Riigikantselei, lk 27
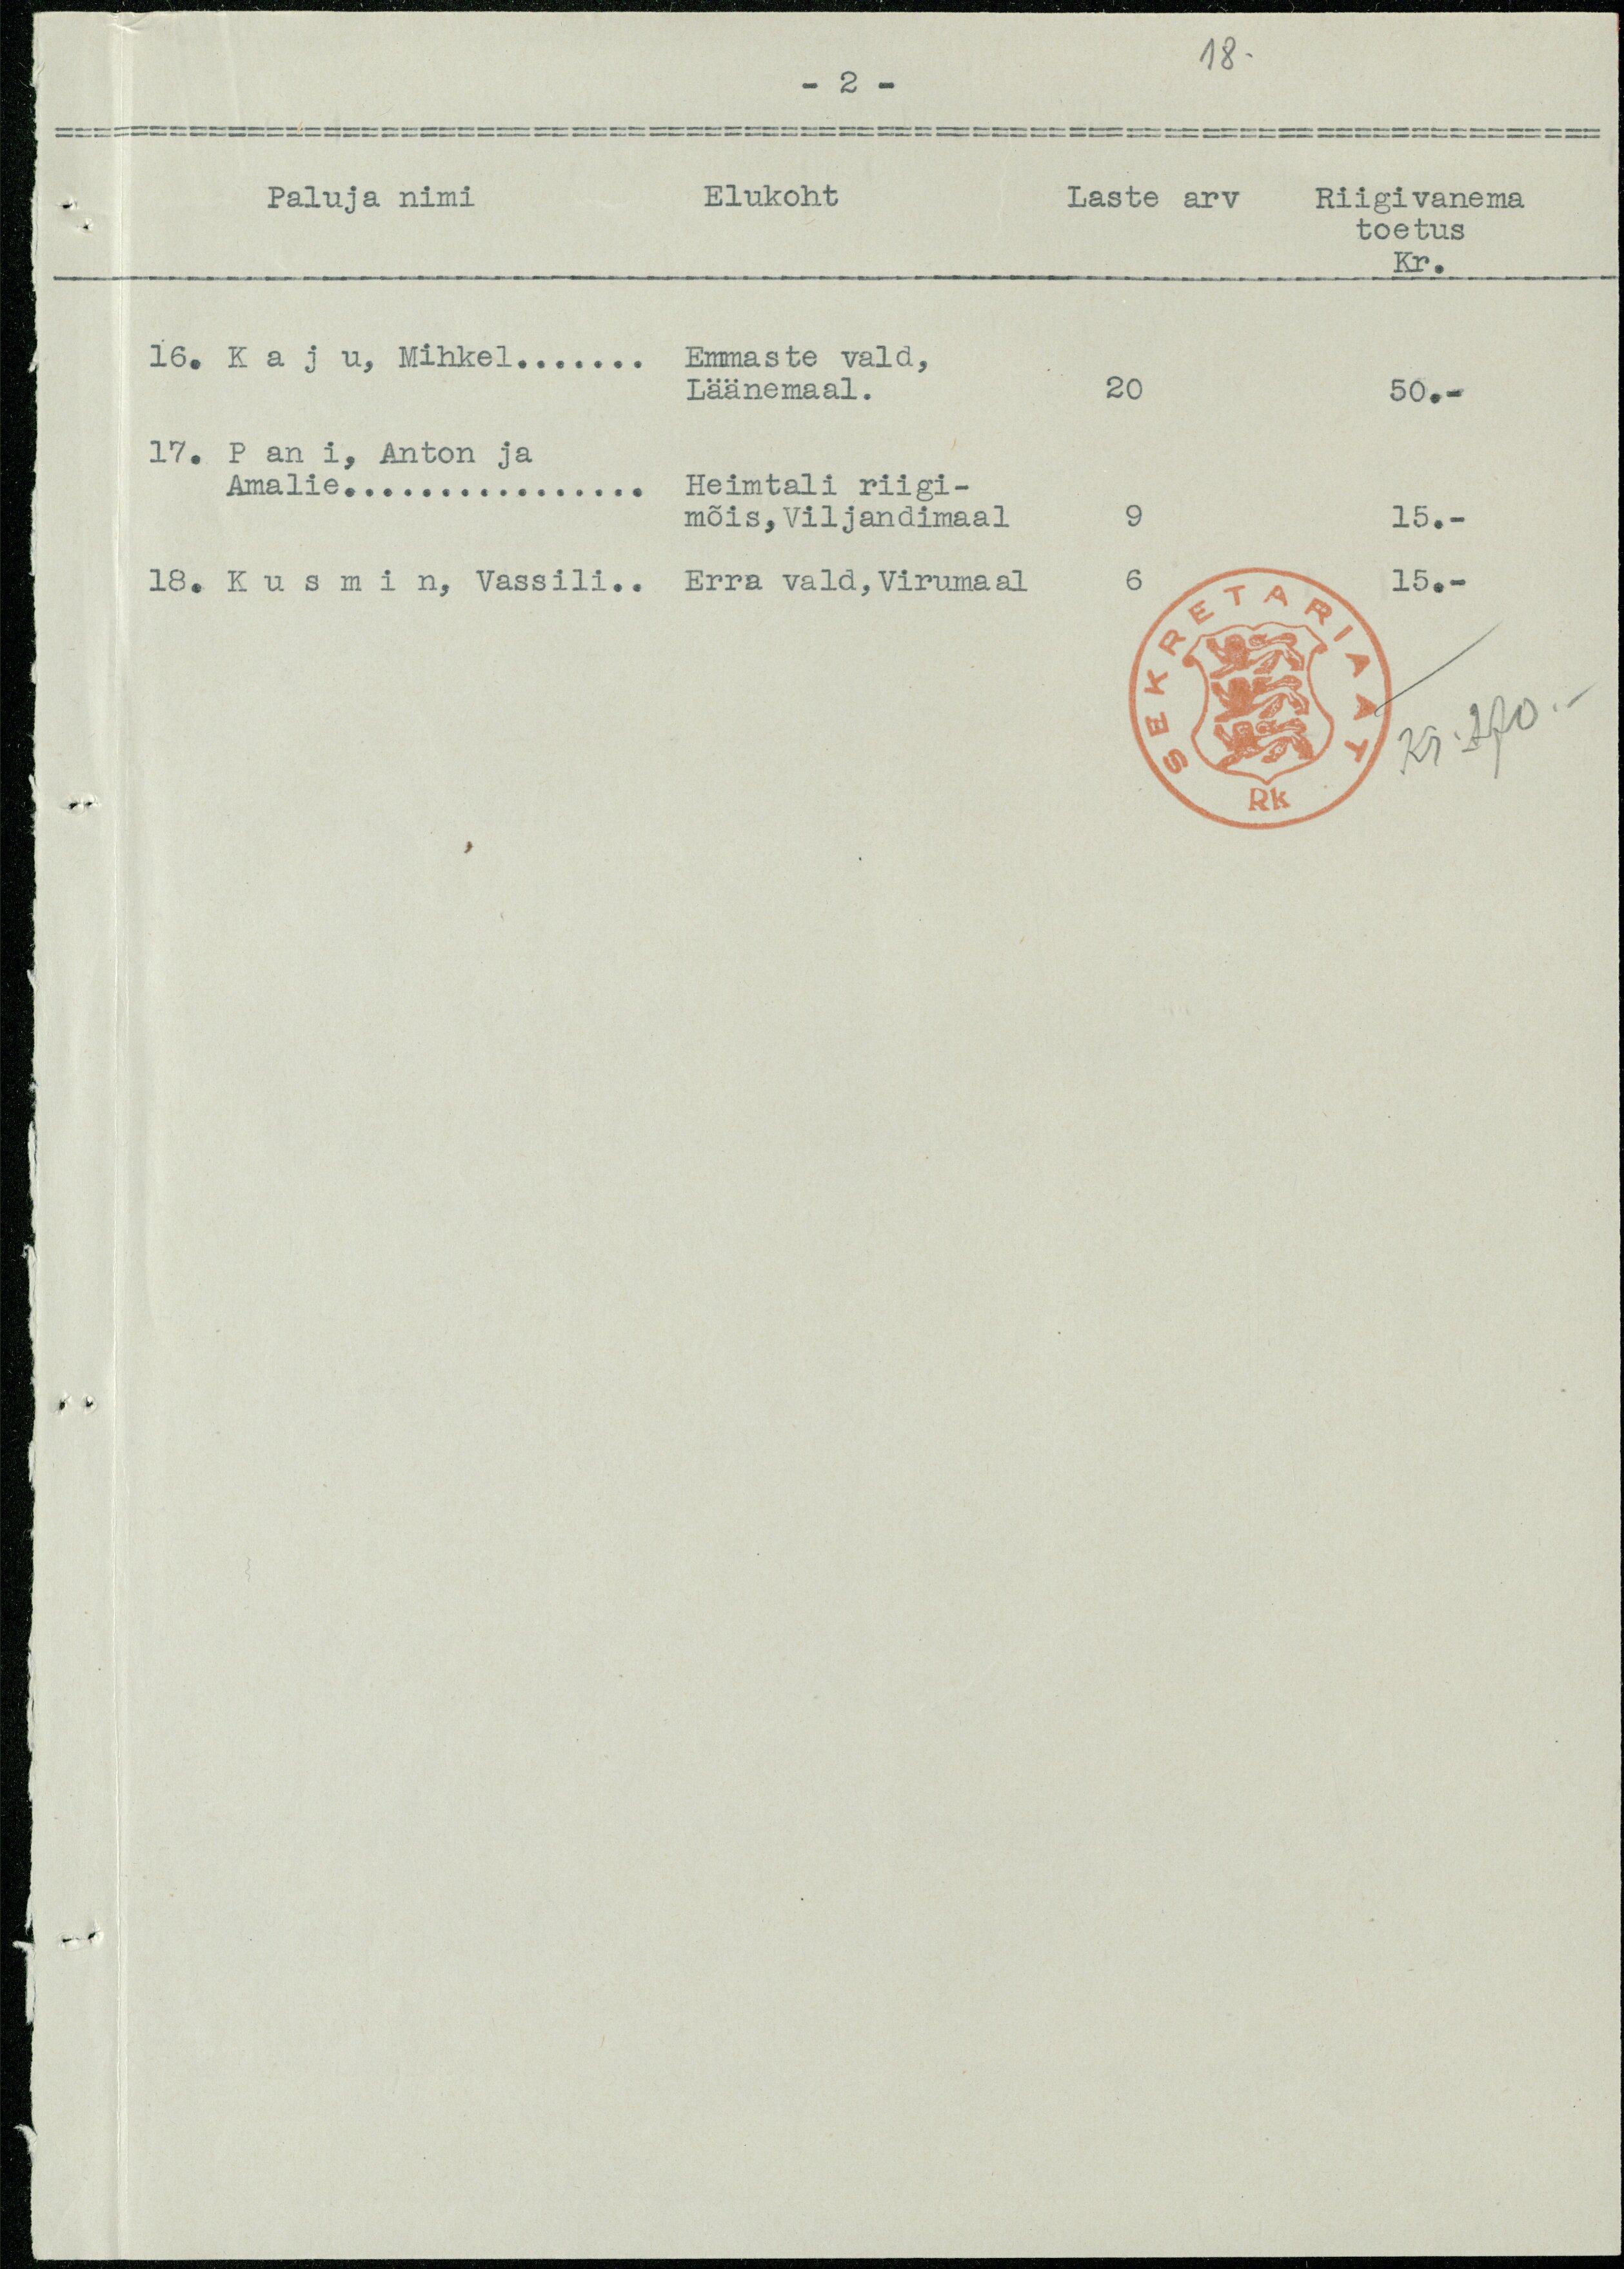
18.
- 2 -
Paluja nimi
Elukoht
Laste arv Riigivanema
toetus
Kr.
16. Kaju. Mihkel
Emmaste vald,
Läänemaal.
20
50.-
17. Pani, Anton ja
Amalie
Heimtali riigi-
mõis, Viljandimaal
9
15. -
18. Kusmin, Vassili... Erra vald,Virumaal
6
15.-
kr. 270.